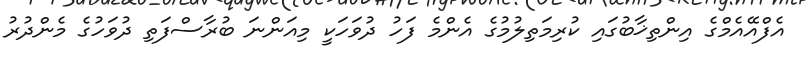
އެފްއޭއެމްގެ އިންތިޚާބުގައި ކުރިމަތިލުމުގެ އެންމެ ފަހު ދުވަހަކީ މިއަންނަ ބުރާސްފަތި ދުވަހުގެ މެންދުރު